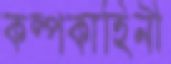
কল্পকাহিনী